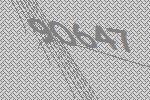
90647